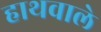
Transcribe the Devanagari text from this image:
हाथवाले